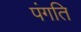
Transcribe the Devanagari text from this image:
पंगति